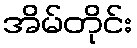
အိမ်တိုင်း